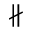
\nparallel